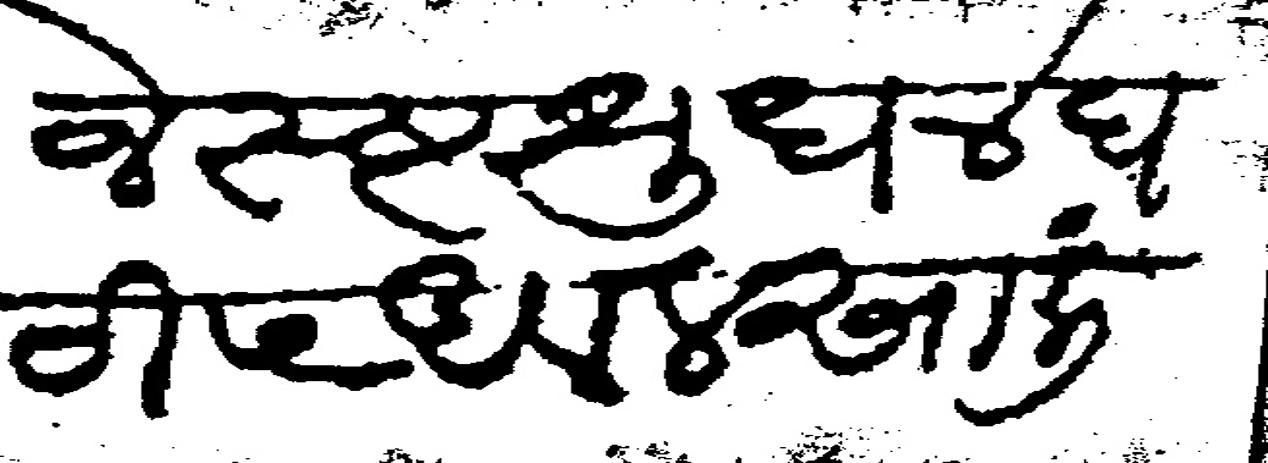
Transliteration (Devanagari): जेस्ष्ट श्रुध ४ द्यटी ५ अवल साली